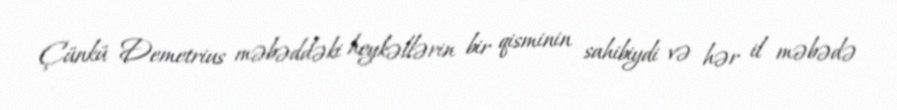
Çünkü Demetrius məbəddəki heykəllərin bir qisminin sahibiydi və hər il məbədə